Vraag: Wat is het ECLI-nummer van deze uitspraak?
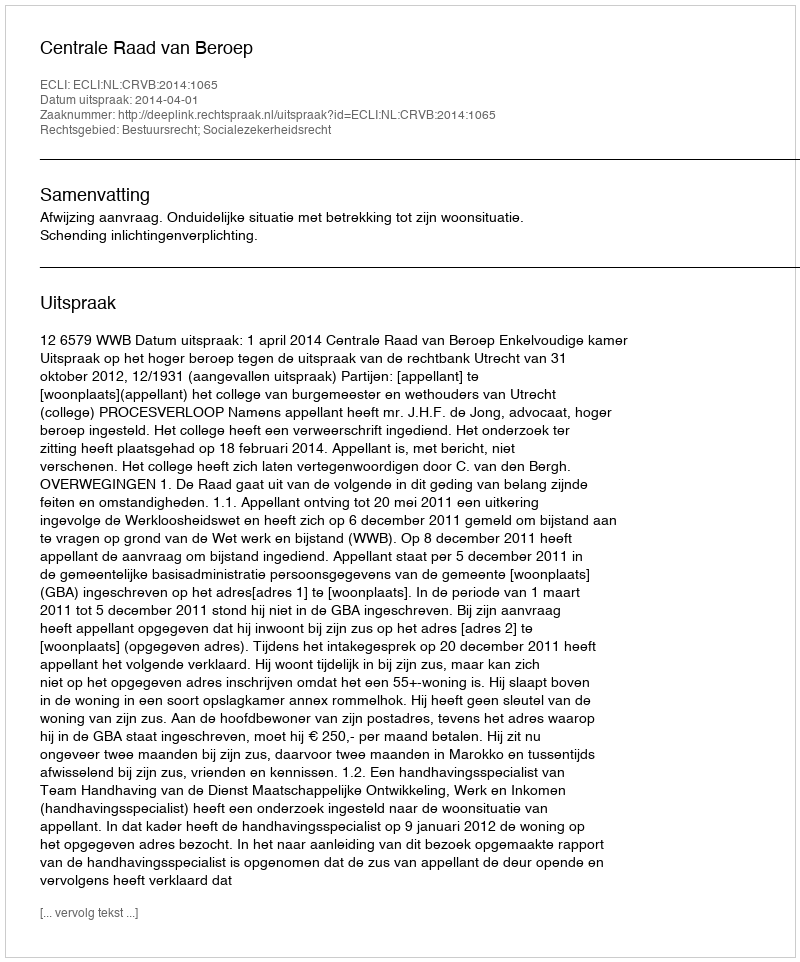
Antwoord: ECLI:NL:CRVB:2014:1065